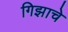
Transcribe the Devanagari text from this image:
गिझाचे